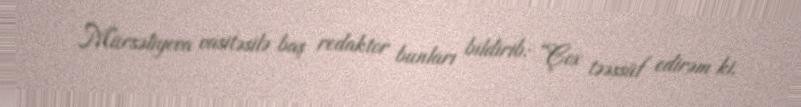
Mürsəliyeva vasitəsilə baş redaktor bunları bildirib: “Çox təəssüf edirəm ki,